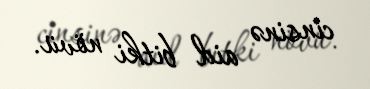
cinsinə aid bitki növü.